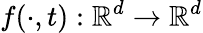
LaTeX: f(\cdot,t):\mathbb{R}^{d}\to\mathbb{R}^{d}